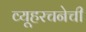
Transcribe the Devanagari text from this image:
व्यूहरचनेची